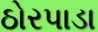
ઠોરપાડા